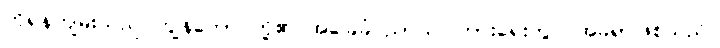
ကိုရန်ကျမ်းသည် ကျွန်တော် တို့၏ အခြေခံပညာသင်ကြားရေးတွင် အခရာဖြစ်သည်။